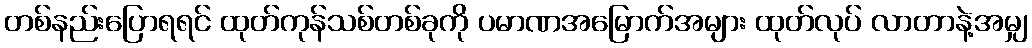
တစ်နည်းပြောရရင် ထုတ်ကုန်သစ်တစ်ခုကို ပမာဏအမြောက်အများ ထုတ်လုပ် လာတာနဲ့အမျှ